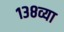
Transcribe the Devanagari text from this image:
१३८व्या